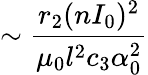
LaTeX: \sim\frac{r_{2}(nI_{0})^{2}}{\mu_{0}l^{2}c_{3}\alpha_{0}^{2}}